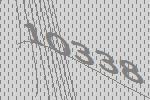
10338